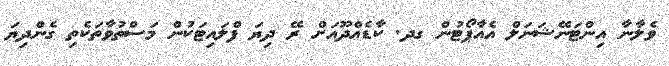
ވެލާނާ އިންޓަނޭޝަނަލް އެއާޕޯޓުން ގދ. ކާޑެއްދޫއަށް ރޭ ދިޔަ ފްލައިޓަކުން މަސްތުވާތަކެތި ގެންދިޔަ